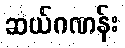
ဆယ်ဂဏန်း